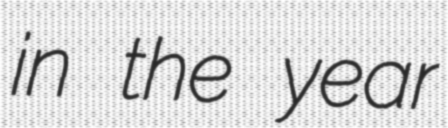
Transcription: in the year